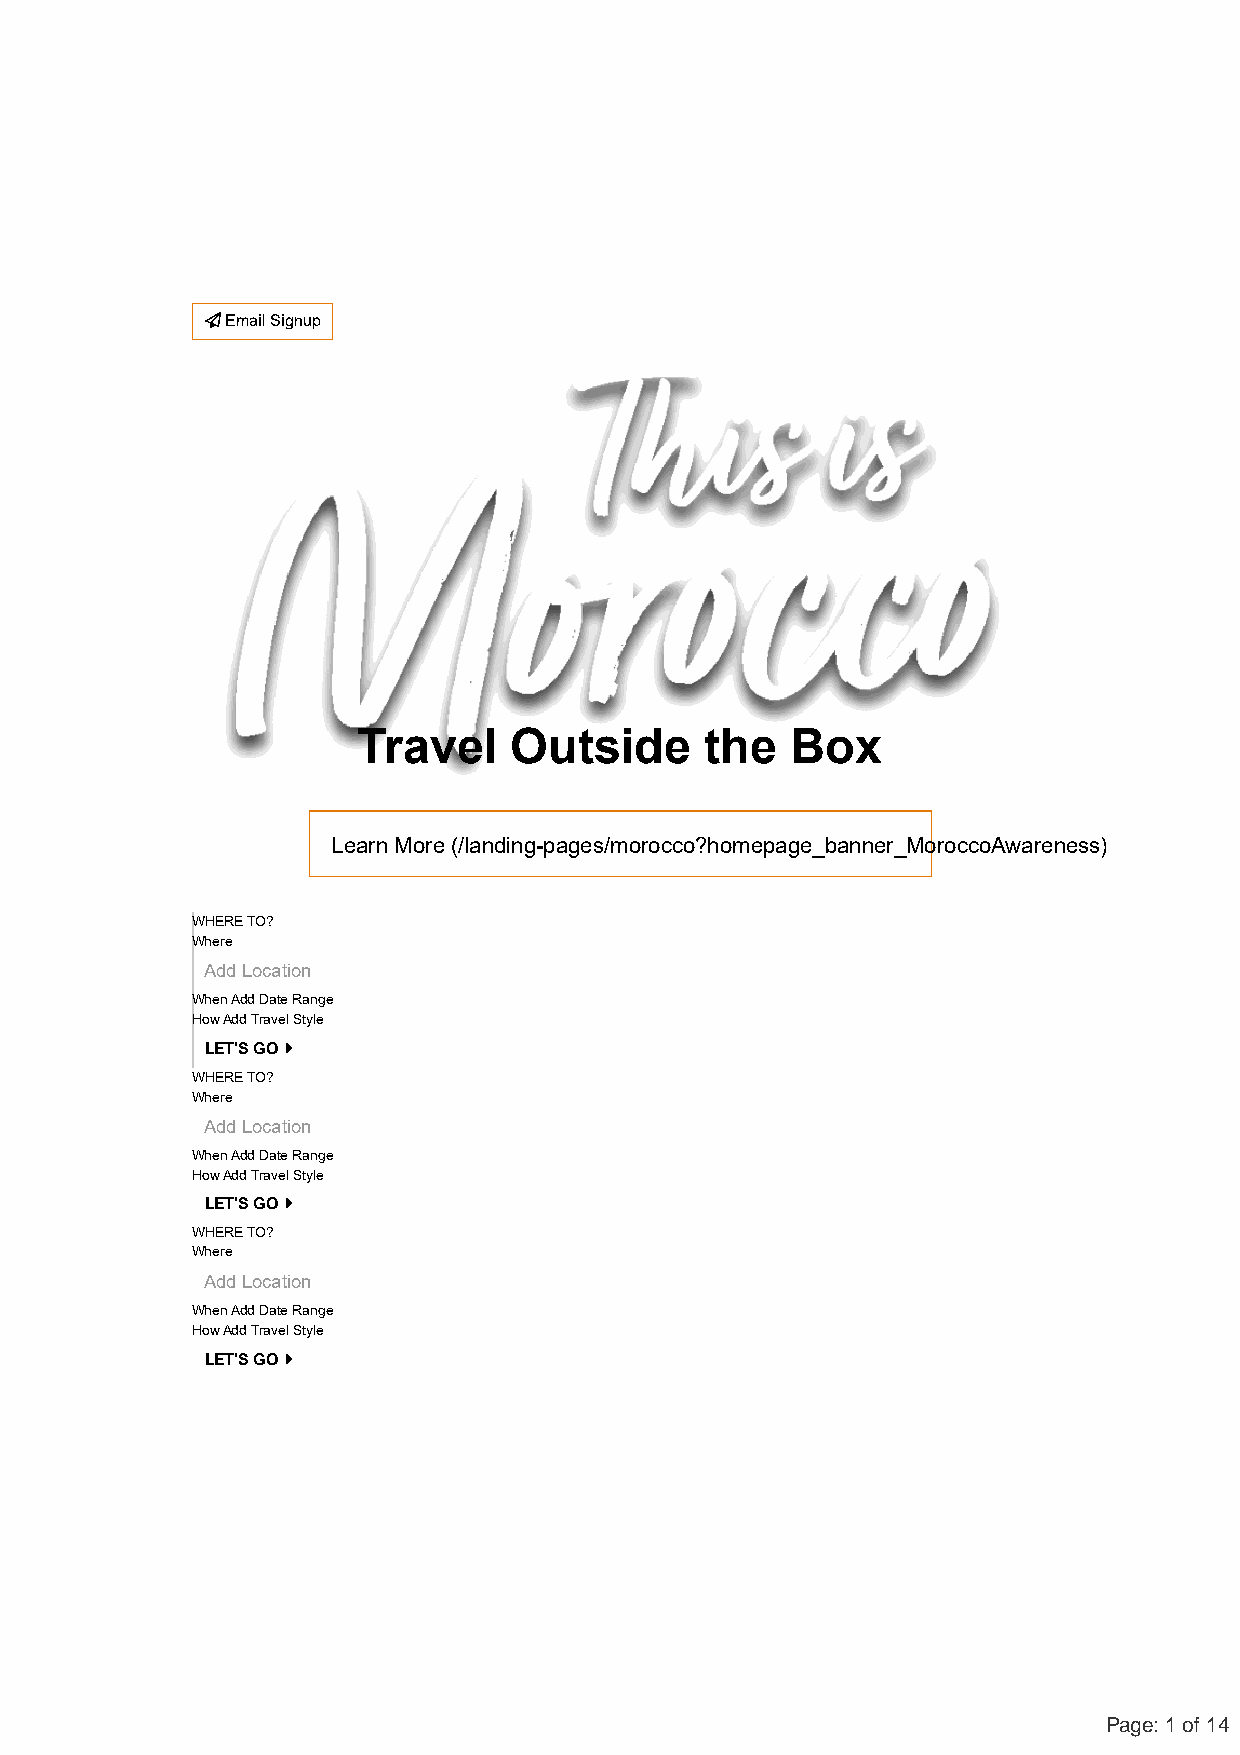
 Email Signup
 Travel    Outside      the  Box
 Learn More (/landing-pages/morocco?homepage_banner_MoroccoAwareness)
 WHERE TO?
 Where
 Add Location
 When Add Date Range
 How Add Travel Style
 LET'S GO 
 WHERE TO?
 Where
 Add Location
 When Add Date Range
 How Add Travel Style
 LET'S GO 
 WHERE TO?
 Where
 Add Location
 When Add Date Range
 How Add Travel Style
 LET'S GO 
 Page: 1 of 14